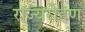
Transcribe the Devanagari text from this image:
राज्यरोहण